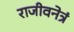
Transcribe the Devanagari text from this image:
राजीवनेत्रं